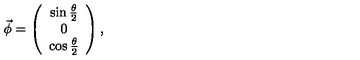
\vec { \phi } = \left( \begin{array} { c } { \sin \frac { \theta } { 2 } } \\ { 0 } \\ { \cos \frac { \theta } { 2 } } \\ \end{array} \right) ,